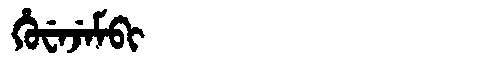
Manchu: ᡥᡠᠸᡝᠵᡝᠮᠪᡳ
Romanization: HUWEJEMBI